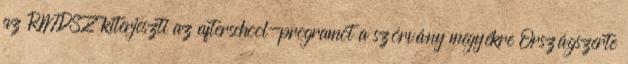
az RMDSZ kiterjeszti az afterschool-programot a szórvány megyékre Országszerte